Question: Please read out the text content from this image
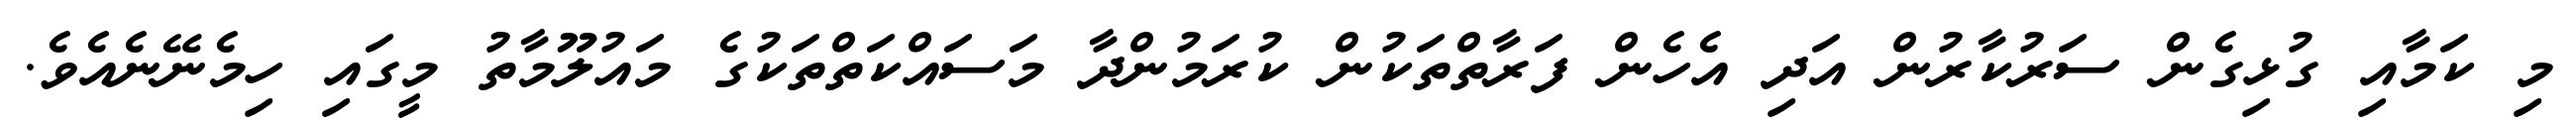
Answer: މި ކަމާއި ގުޅިގެން ސަރުކާރުން އަދި އެހެން ފަރާތްތަކުން ކުރަމުންދާ މަސައްކަތްތަކުގެ މައުލޫމާތު މީގައި ހިމެނޭނެއެވެ.